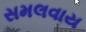
સમલવાય